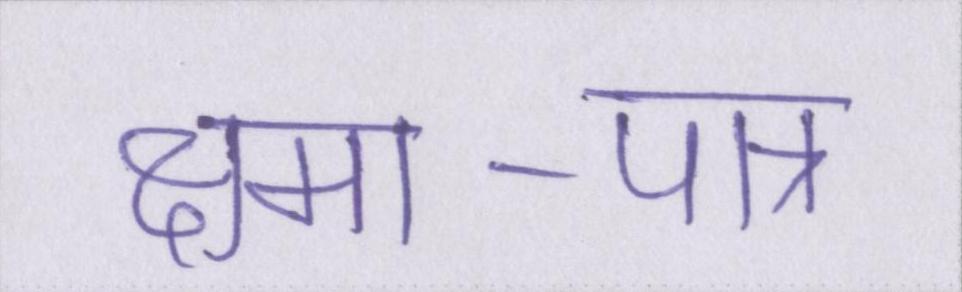
क्षमा-पात्र